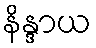
နိန္ဒာယ